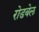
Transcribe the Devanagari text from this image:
रोडबेल